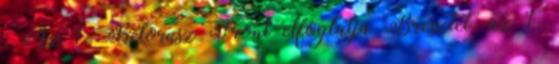
. Az 1. Belorusz Front elfoglalja Bresztet, az 1.